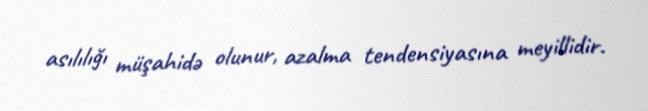
asılılığı müşahidə olunur, azalma tendensiyasına meyillidir.